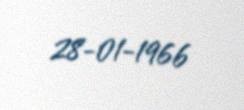
28-01-1966